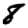
Digit: 8